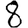
Digit: 8